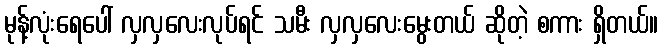
မုန့်လုံးရေပေါ် လှလှလေးလုပ်ရင် သမီး လှလှလေးမွေးတယ် ဆိုတဲ့ စကား ရှိတယ်။